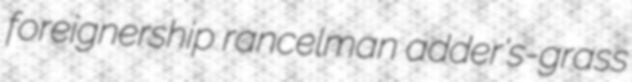
foreignership rancelman adder's-grass